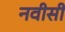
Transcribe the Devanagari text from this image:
नवीसी